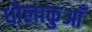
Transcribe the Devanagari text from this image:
धौलाकुआँ